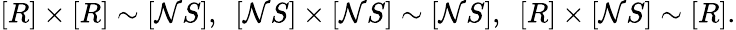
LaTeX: [R]\times[R]\sim[\mathcal{N}S],\ \ [\mathcal{N}S]\times[\mathcal{N}S]\sim[\mathcal{N}S],\ \ [R]\times[\mathcal{N}S]\sim[R].